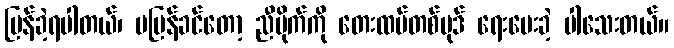
ပြန်ခဲ့ရပါတယ်၊ မပြန်ခင်တော့ ညီမိုက်ကို တေးထပ်တစ်ပုဒ် ရေးပေးခဲ့ ပါသေးတယ်။